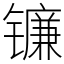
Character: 镰